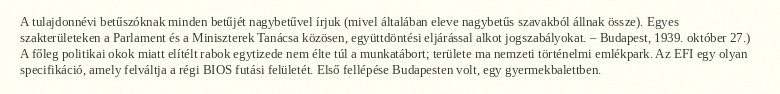
A tulajdonnévi betűszóknak minden betűjét nagybetűvel írjuk (mivel általában eleve nagybetűs szavakból állnak össze). Egyes szakterületeken a Parlament és a Miniszterek Tanácsa közösen, együttdöntési eljárással alkot jogszabályokat. – Budapest, 1939. október 27.) A főleg politikai okok miatt elítélt rabok egytizede nem élte túl a munkatábort; területe ma nemzeti történelmi emlékpark. Az EFI egy olyan specifikáció, amely felváltja a régi BIOS futási felületét. Első fellépése Budapesten volt, egy gyermekbalettben.